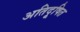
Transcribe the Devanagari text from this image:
अतिदूषित